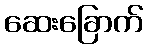
ဆေးခြောက်